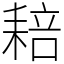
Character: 䎧